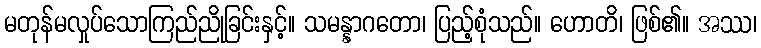
မတုန်မလှုပ်သောကြည်ညိုခြင်းနှင့်။ သမန္နာဂတော၊ ပြည့်စုံသည်။ ဟောတိ၊ ဖြစ်၏။ အဿ၊